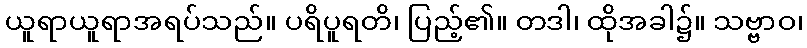
ယူရာယူရာအရပ်သည်။ ပရိပူရတိ၊ ပြည့်၏။ တဒါ၊ ထိုအခါ၌။ သဗ္ဗာဝ၊